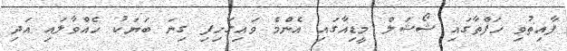
ފާއިތުވި ހަފްތާގައި ޝޯޝަލް މީޑިއާގައި އެންމެ ވައިގަހިފި ގިނަ ބަޔަކު ހެއްވާލައި އަދި